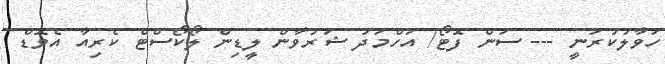
ހަވާލުކުރަނީ --- ސަން ފޮޓޯ/ އަހްމަދު ޝަރުވާން ލީޑިން ލޯކޯސްޓް ކެރިއާ އެވޮޑް